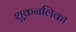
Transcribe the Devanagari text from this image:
शुक्रनलिका